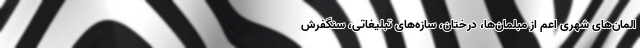
المان‌های شهری اعم از مبلمان‌ها، درختان، سازه‌های تبلیغاتی، سنگفرش